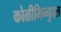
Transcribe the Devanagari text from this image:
कोळीमिन्गुदल